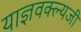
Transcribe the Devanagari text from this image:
याज्ञवक्ल्यजी